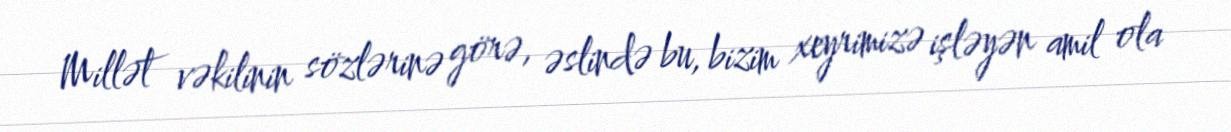
Millət vəkilinin sözlərinə görə, əslində bu, bizim xeyrimizə işləyən amil ola